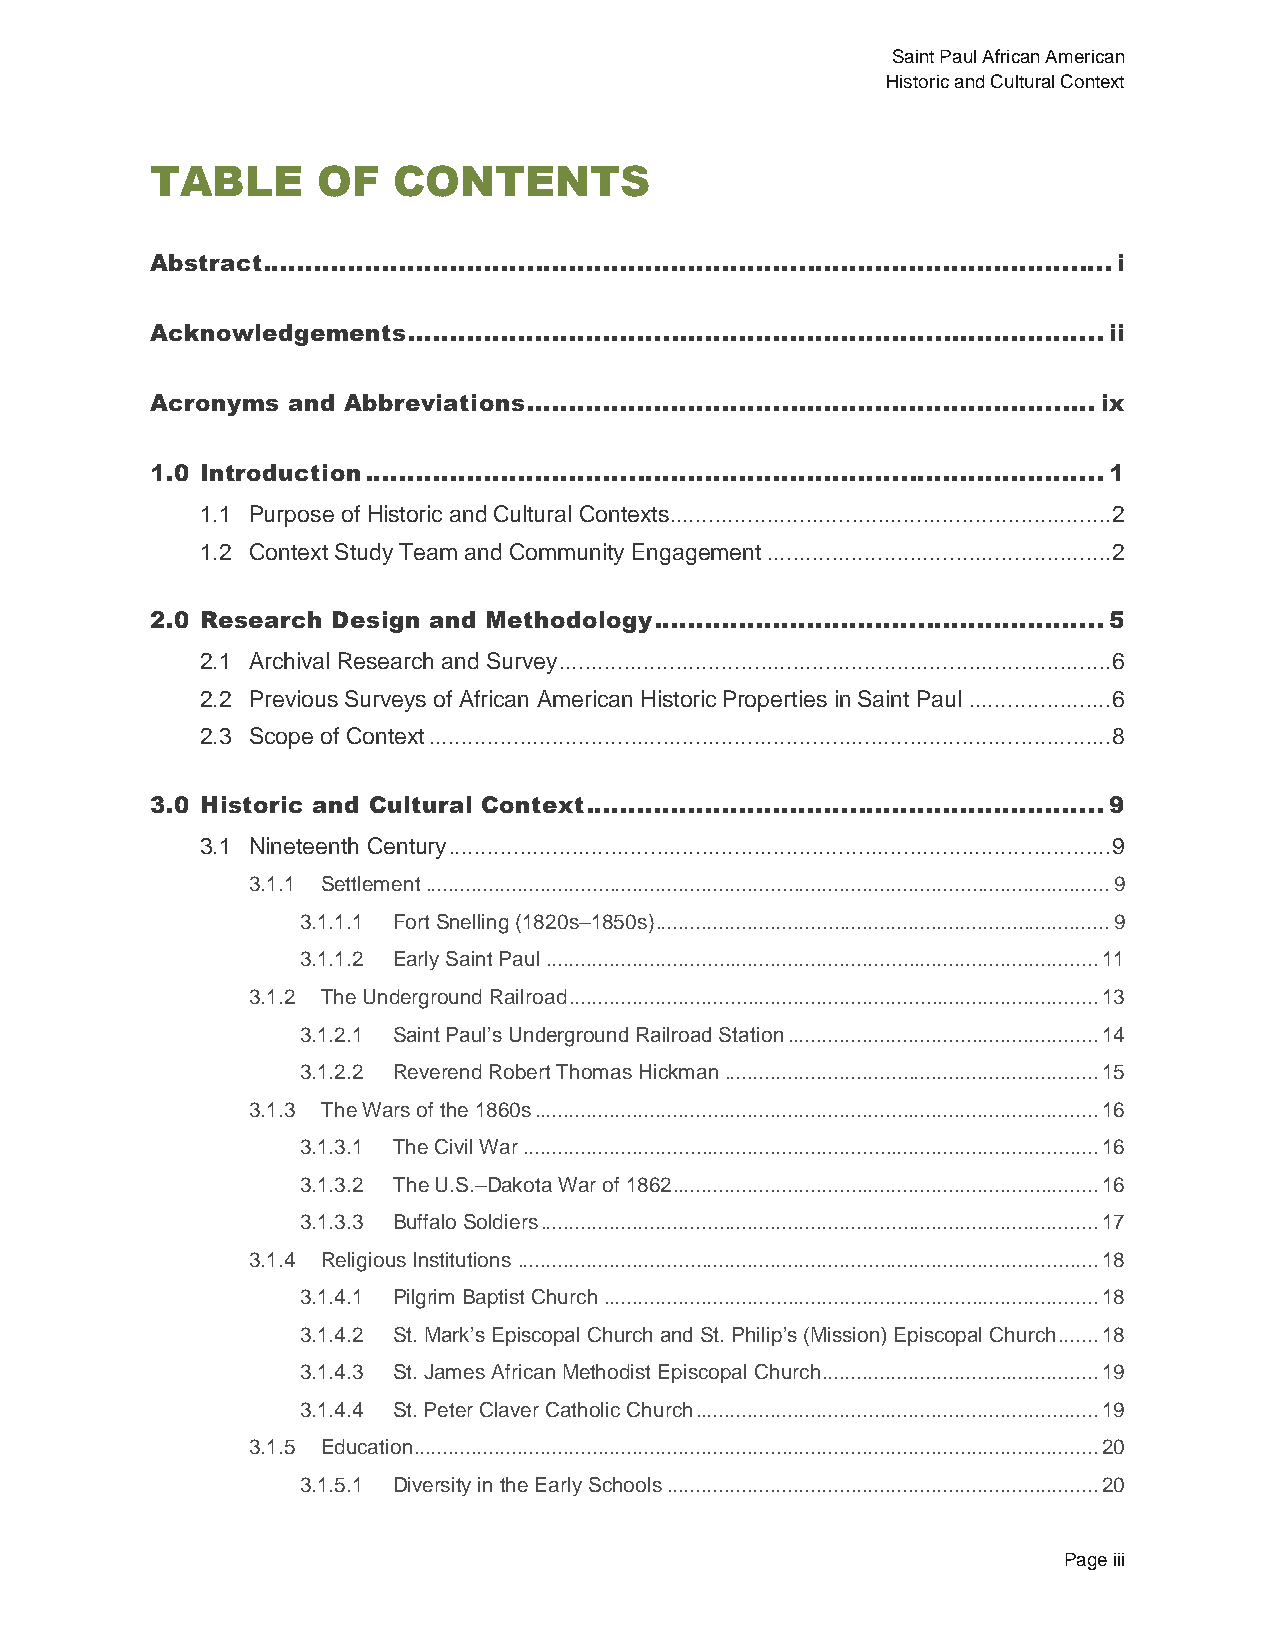
Saint Paul African American
 Historic and Cultural Context
 TABLE      OF   CONTENTS
 Abstract .................................................................................................... i
 Acknowledgements .................................................................................. ii
 Acronyms and Abbreviations ................................................................... ix
 1.0 Introduction ....................................................................................... 1
 1.1 Purpose of Historic and Cultural Contexts .................................................................... 2
 1.2 Context Study Team and Community Engagement ..................................................... 2
 2.0 Research Design and Methodology ..................................................... 5
 2.1 Archival Research and Survey ..................................................................................... 6
 2.2 Previous Surveys of African American Historic Properties in Saint Paul ...................... 6
 2.3 Scope of Context ......................................................................................................... 8
 3.0 Historic and Cultural Context ............................................................. 9
 3.1 Nineteenth Century ...................................................................................................... 9
 3.1.1 Settlement ....................................................................................................................... 9
 3.1.1.1 Fort Snelling (1820s–1850s) ............................................................................... 9
 3.1.1.2 Early Saint Paul ................................................................................................ 11
 3.1.2 The Underground Railroad ............................................................................................ 13
 3.1.2.1 Saint Paul’s Underground Railroad Station ...................................................... 14
 3.1.2.2 Reverend Robert Thomas Hickman ................................................................. 15
 3.1.3 The Wars of the 1860s .................................................................................................. 16
 3.1.3.1 The Civil War .................................................................................................... 16
 3.1.3.2 The U.S.–Dakota War of 1862 .......................................................................... 16
 3.1.3.3 Buffalo Soldiers ................................................................................................. 17
 3.1.4 Religious Institutions ..................................................................................................... 18
 3.1.4.1 Pilgrim Baptist Church ...................................................................................... 18
 3.1.4.2 St. Mark’s Episcopal Church and St. Philip’s (Mission) Episcopal Church ....... 18
 3.1.4.3 St. James African Methodist Episcopal Church ................................................ 19
 3.1.4.4 St. Peter Claver Catholic Church ...................................................................... 19
 3.1.5 Education ....................................................................................................................... 20
 3.1.5.1 Diversity in the Early Schools ........................................................................... 20
 Page iii